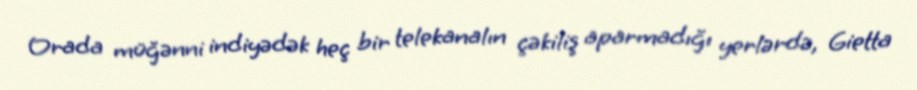
Orada müğənni indiyədək heç bir telekanalın çəkiliş aparmadığı yerlərdə, Gietta